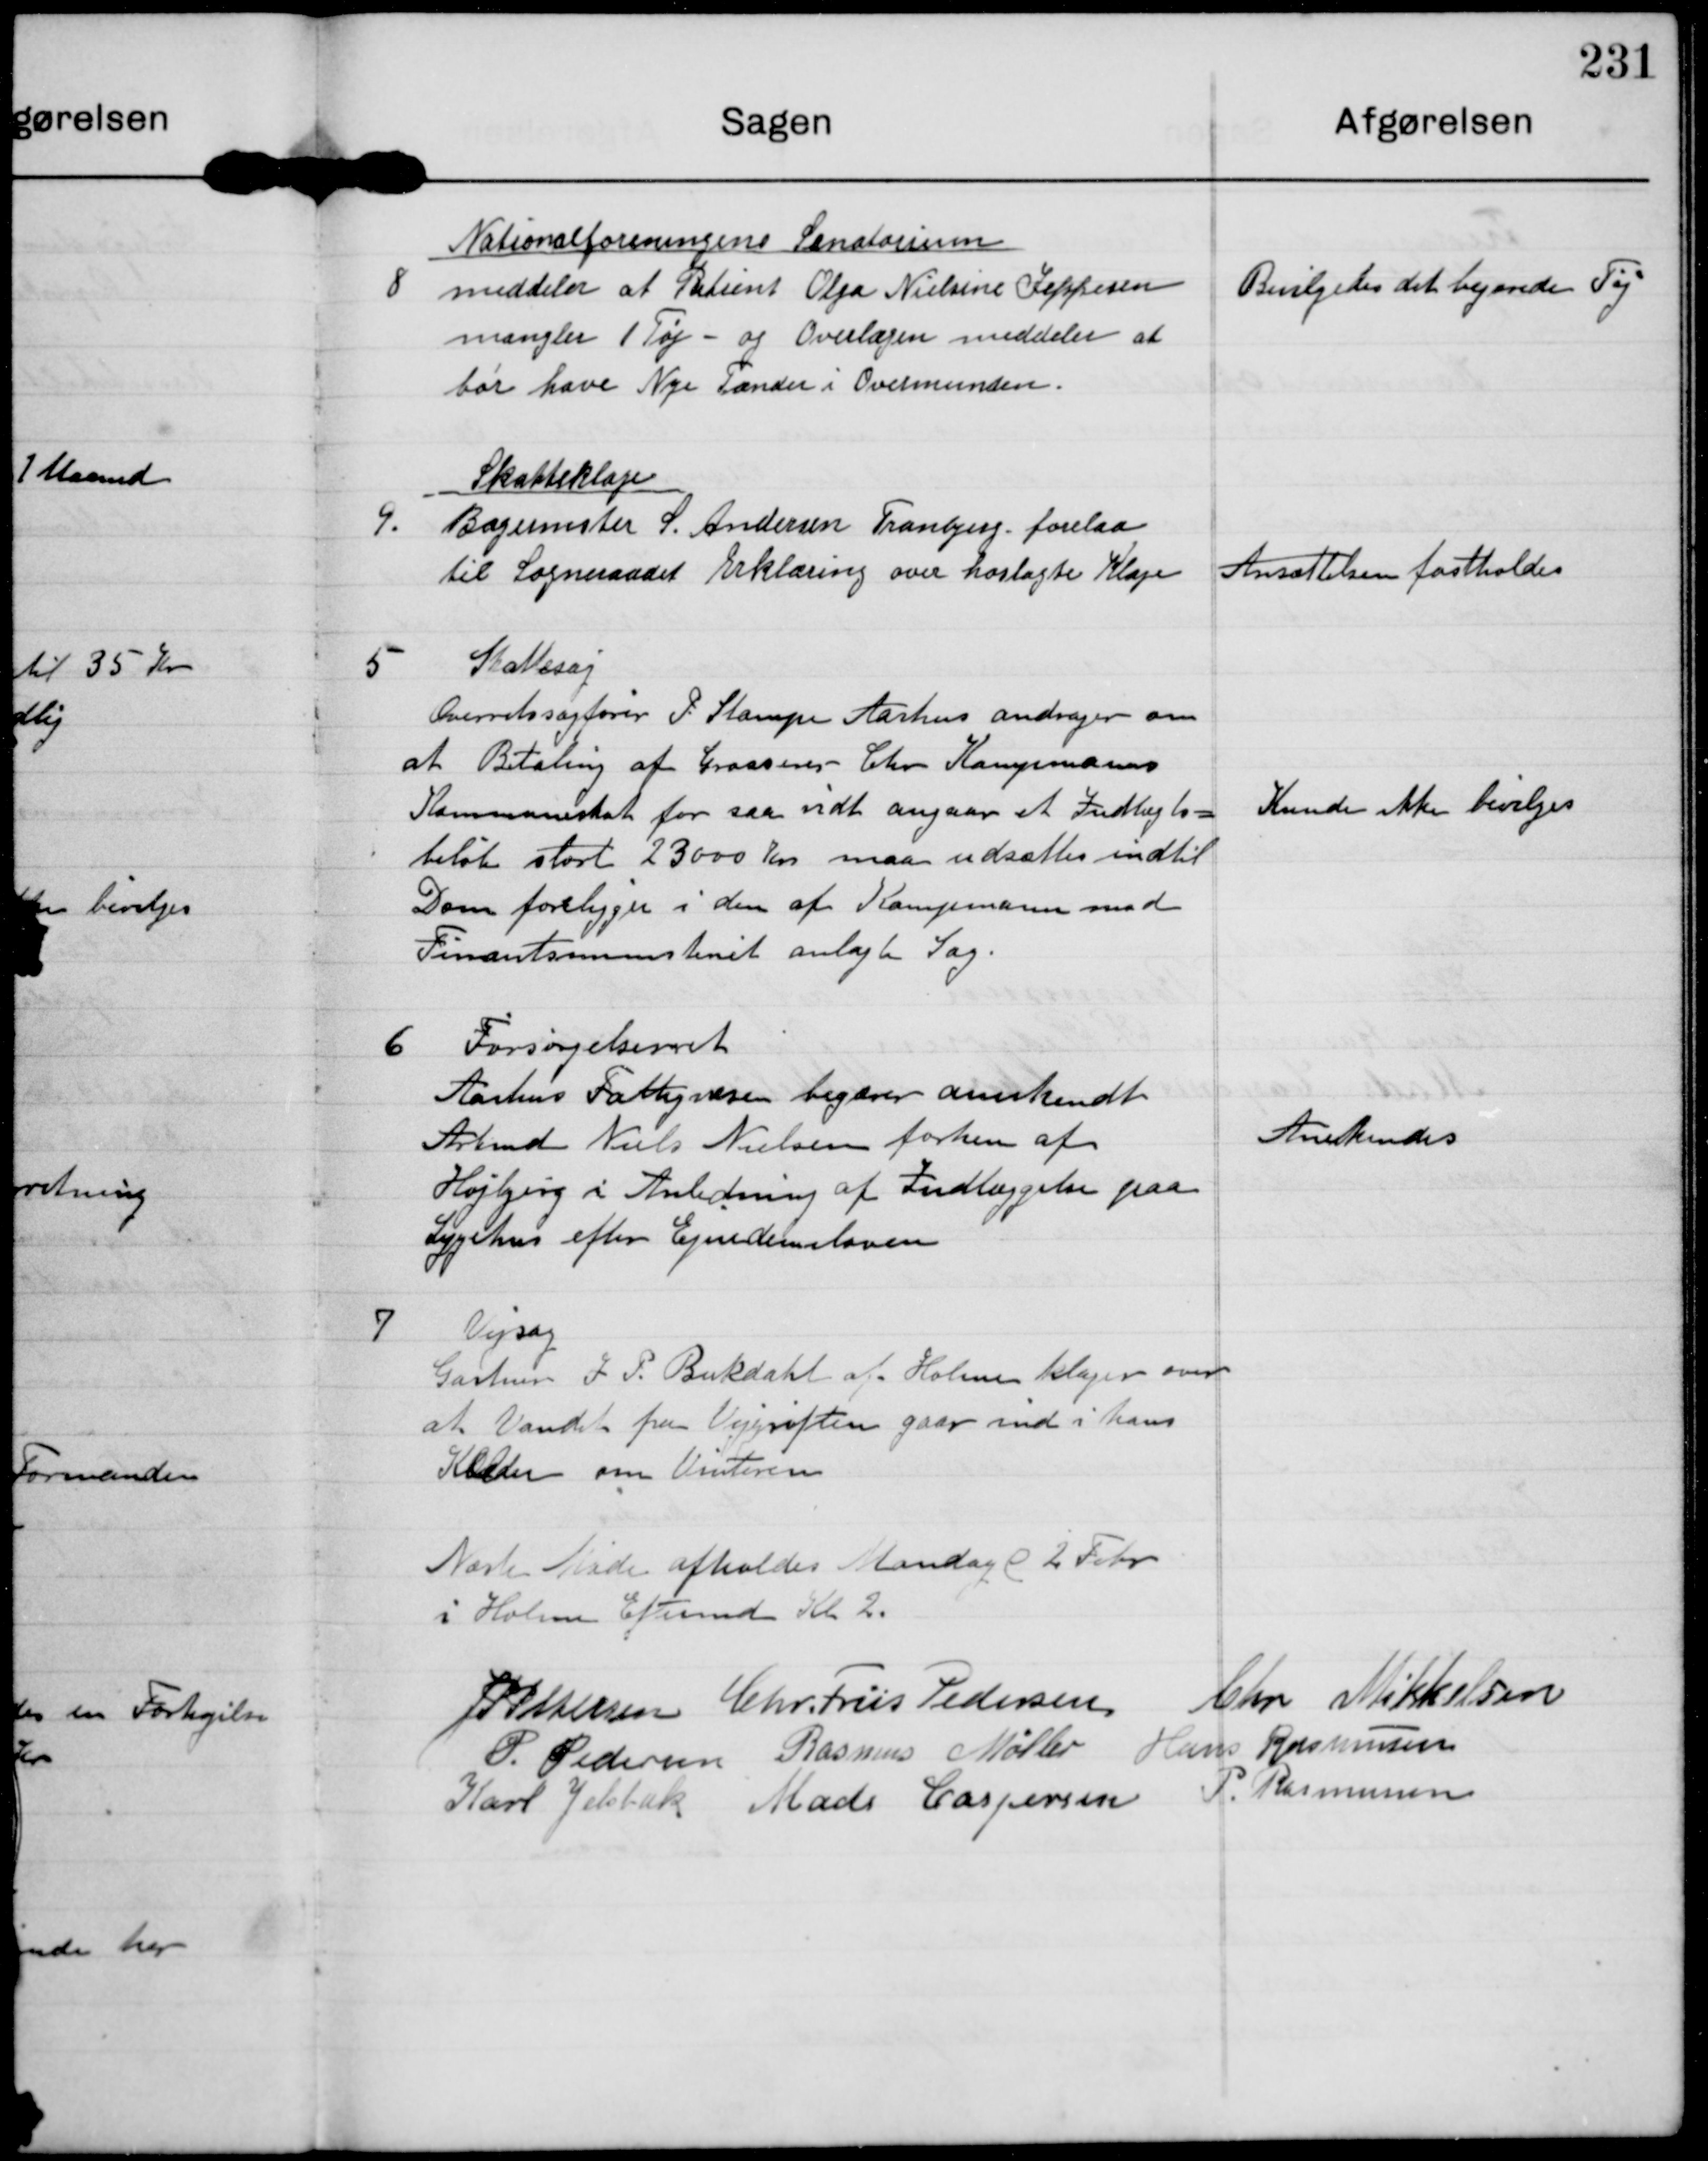
Transskription:
8

Nationalforeningens Sanatorium
meddeler af Patient Olga Nielsine Jeppesen
mangler 1 Tøj - og Overlægen meddeler at
bør have Nye Tænder i Overmunden.

Bevilgedes det begærede Tøj

9.

Skatteklage
Bagermester S. Andersen Tranbjerg forelaa
til Sogneraadet Erklæring over hoslagte Klage

Ansættelsen fastholdes

5.

Skattesag
Overretssagfører P. Stampe Aarhus andrager om
at Betaling af Grosserer Chr Kampmanns
Kommuneskat for saa vidt angaar at Indtægts=
beløb stort 23000 Kr maa udsættes indtil
Dom foreligger i den af Kampmann mod
Finantsministeriets anlagte Sag.

Kunde ikke bevilges

6.

Forsørgelsret
Aarhus Fattigvæsen begærer anerkendt
Arbmd Niels Nielsen forhen af
Højbjerg i Anledning af Indlæggelse paa
Sygehus efter Epidemiloven

Anerkendes

7

Vejsag
Gartner J P Bukdahl af Holme klager over
at Vandet fra Vejgrøften gaar ind i hans
Kælder om Vinteren

Næste Møde afholdes Mandag d 2 Febr
i Holme Eftermd Kl 2.

J P Pedersen Chr. Friis Pedersen Chr Mikkelsen
P. Pedersen Rasmus Møller Hans Rasmussen
Karl Jelsbak Mads Caspersen P. Rasmussen